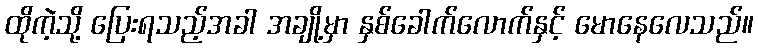
ထိုကဲ့သို့ ပြေးရသည့်အခါ အချို့မှာ နှစ်ခေါက်လောက်နှင့် မောနေလေသည်။